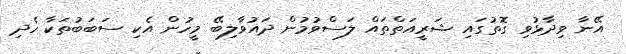
އޭނާ ވިދާޅުވި ގޮތުގައި ޝަރީއަތްތައް ލަސްވުމުން ދައުވާލިބޭ މީހުން އެކި ސަބަބުތަކާ ހެދި